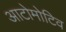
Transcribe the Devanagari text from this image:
आटोमोटिव